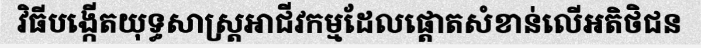
វិធីបង្កើតយុទ្ធសាស្ត្រអាជីវកម្មដែលផ្តោតសំខាន់លើអតិថិជន